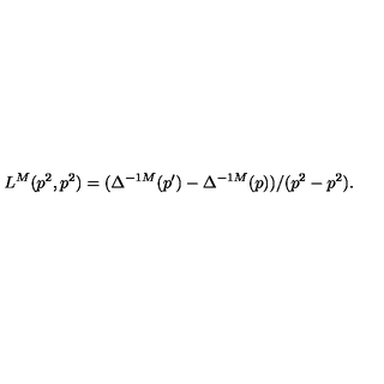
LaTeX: L ^ { M } ( p ^ { 2 } , p ^ { 2 } ) = ( \Delta ^ { - 1 M } ( p ^ { \prime } ) - \Delta ^ { - 1 M } ( p ) ) / ( p ^ { 2 } - p ^ { 2 } ) .